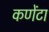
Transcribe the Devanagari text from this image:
कणेंटा